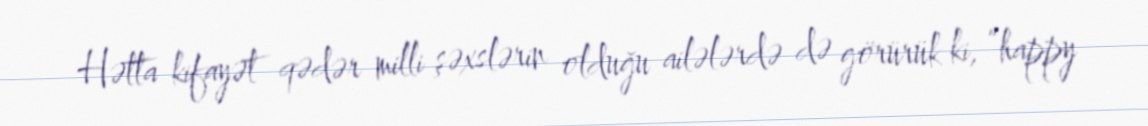
Hətta kifayət qədər milli şəxslərin olduğu ailələrdə də görürük ki, “happy